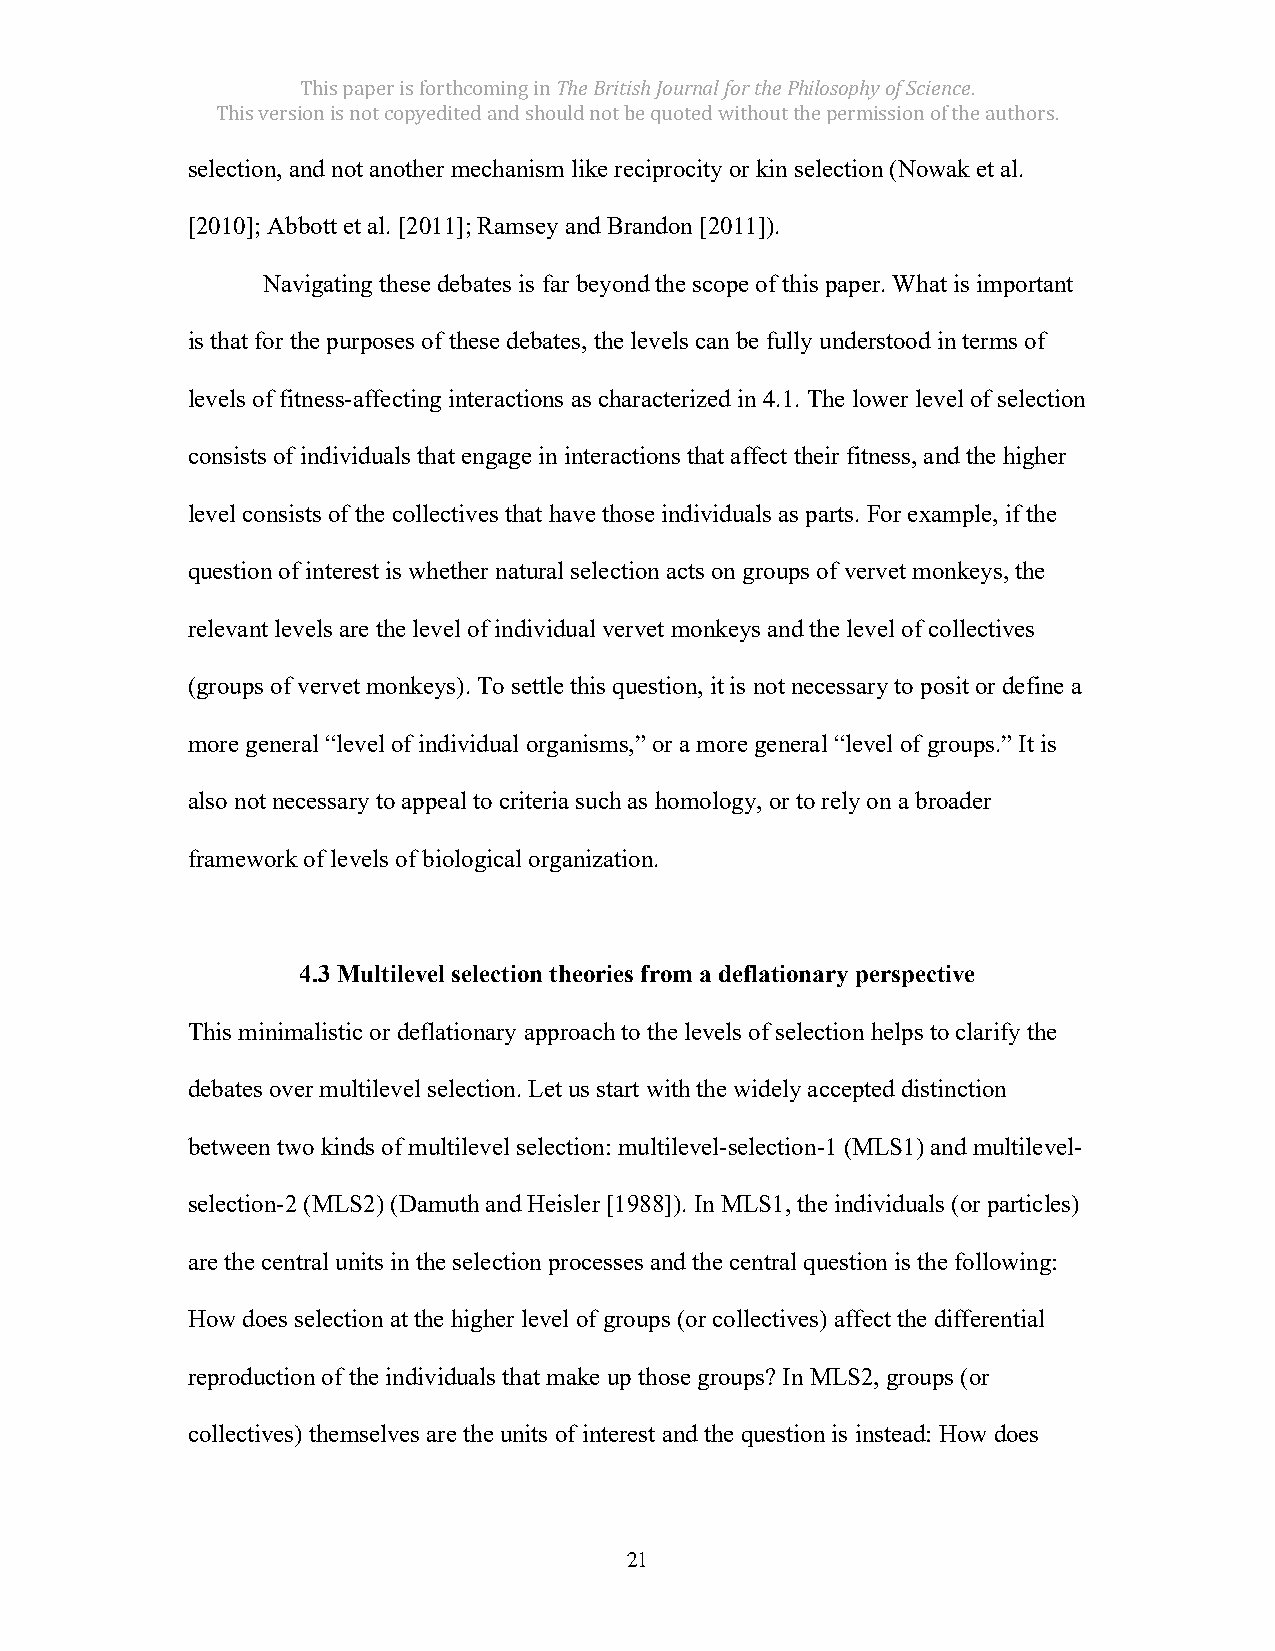
This paper is forthcoming in The British Journal for the Philosophy of Science.
 This version is not copyedited and should not be quoted without the permission of the authors.
 selection, and not another mechanism like reciprocity or kin selection (Nowak et al.
 [2010]; Abbott et al. [2011]; Ramsey and Brandon [2011]).
 Navigating these debates is far beyond the scope of this paper. What is important
 is that for the purposes of these debates, the levels can be fully understood in terms of
 levels of fitness-affecting interactions as characterized in 4.1. The lower level of selection
 consists of individuals that engage in interactions that affect their fitness, and the higher
 level consists of the collectives that have those individuals as parts. For example, if the
 question of interest is whether natural selection acts on groups of vervet monkeys, the
 relevant levels are the level of individual vervet monkeys and the level of collectives
 (groups of vervet monkeys). To settle this question, it is not necessary to posit or define a
 more general “level of individual organisms,” or a more general “level of groups.” It is
 also not necessary to appeal to criteria such as homology, or to rely on a broader
 framework of levels of biological organization.
 4.3 Multilevel selection theories from a deflationary perspective
 This minimalistic or deflationary approach to the levels of selection helps to clarify the
 debates over multilevel selection. Let us start with the widely accepted distinction
 between two kinds of multilevel selection: multilevel-selection-1 (MLS1) and multilevel-
 selection-2 (MLS2) (Damuth and Heisler [1988]). In MLS1, the individuals (or particles)
 are the central units in the selection processes and the central question is the following:
 How does selection at the higher level of groups (or collectives) affect the differential
 reproduction of the individuals that make up those groups? In MLS2, groups (or
 collectives) themselves are the units of interest and the question is instead: How does
 21